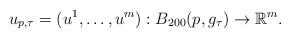
LaTeX: \begin{align*}u_{p,\tau}=(u^1,\dots,u^m):B_{200}(p,g_\tau)\to \mathbb R^m.\end{align*}